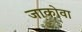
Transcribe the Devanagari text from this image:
जाकोवा